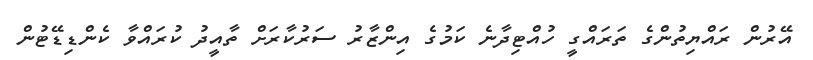
އޭރުން ރައްޔިތުންގެ ތަރައްގީ ހުއްޓިދާނެ ކަމުގެ އިންޒާރު ސަރުކާރަށް ތާއީދު ކުރައްވާ ކެންޑިޑޭޓުން